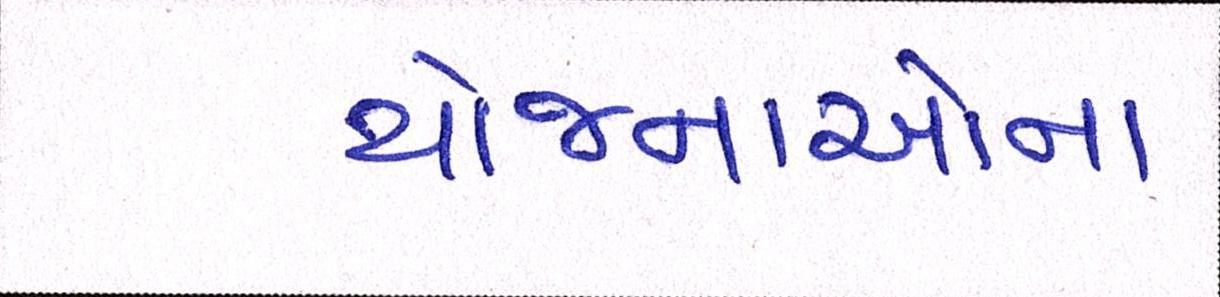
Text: યોજનાઓના